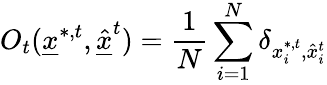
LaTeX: O_{t}(\underline{{x}}^{*,t},\underline{{\hat{x}}}^{t})=\frac{1}{N}\sum_{i=1}^{N}\delta_{x_{i}^{*,t},\hat{x}_{i}^{t}}